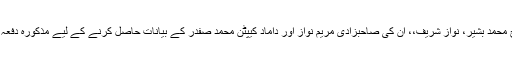
اس ضمن میں احتساب عدالت کے جج محمد بشیر، نواز شریف،، ان کی صاحبزادی مریم نواز اور داماد کیپٹن محمد صفدر کے بیانات حاصل کرنے کے لیے مذکورہ دفعہ کے تحت سوال نامہ ترتیب دیں گے۔